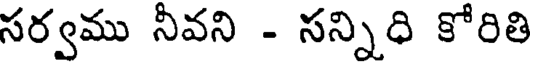
సర్వము నీవని - సన్నిధి కోరితి